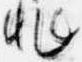
非